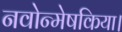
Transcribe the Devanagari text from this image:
नवोन्मेषकिया।